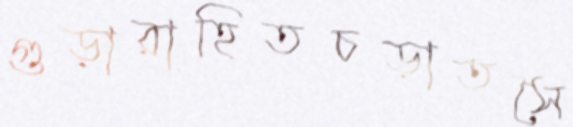
গুড়ারাহিতচড়াতসৈ